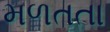
મળતતા